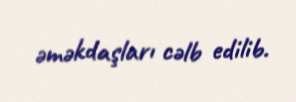
əməkdaşları cəlb edilib.